Civil Veterinary Department ledger series I-VI
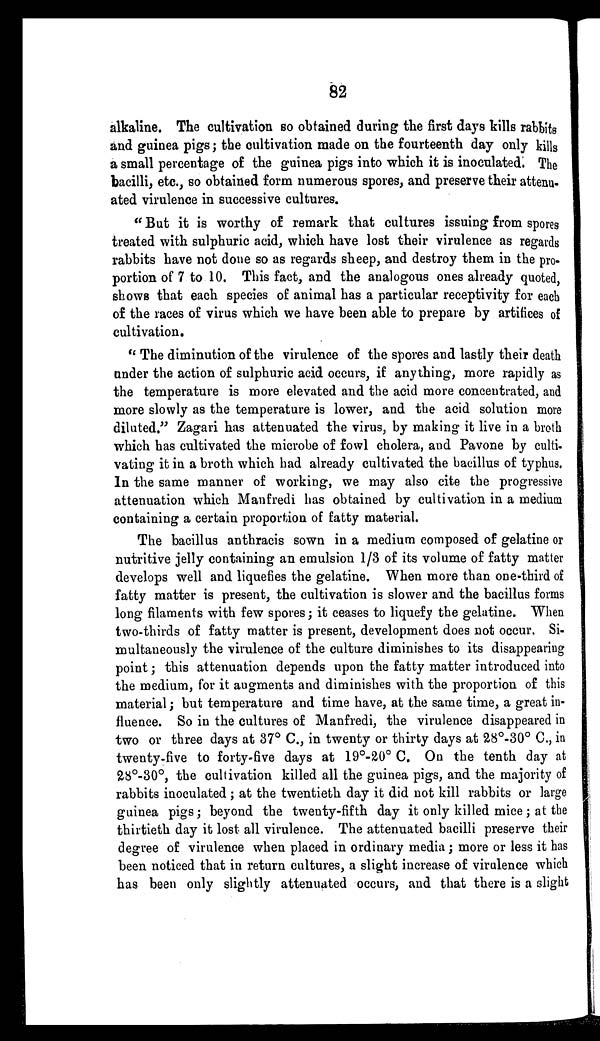
82
alkaline. The cultivation so obtained during the first days kills rabbits
and guinea pigs; the cultivation made on the fourteenth day only kills
a small percentage of the guinea pigs into which it is inoculated. The
bacilli, etc., so obtained form numerous spores, and preserve their attenu-
ated virulence in successive cultures.
"But it is worthy of remark that cultures issuing from spores
treated with sulphuric acid, which have lost their virulence as regards
rabbits have not done so as regards sheep, and destroy them in the pro-
portion of 7 to 10. This fact, and the analogous ones already quoted,
shows that each species of animal has a particular receptivity for each
of the races of virus which we have been able to prepare by artifices of
cultivation.
" The diminution of the virulence of the spores and lastly their death
under the action of sulphuric acid occurs, if anything, more rapidly as
the temperature is more elevated and the acid more concentrated, and
more slowly as the temperature is lower, and the acid solution more
diluted." Zagari has attenuated the virus, by making it live in a broth
which has cultivated the microbe of fowl cholera, and Pavone by culti-
vating it in a broth which had already cultivated the bacillus of typhus.
In the same manner of working, we may also cite the progressive
attenuation which Manfredi has obtained by cultivation in a medium
containing a certain proportion of fatty material.
The bacillus anthracis sown in a medium composed of gelatine or
nutritive jelly containing an emulsion 1/3 of its volume of fatty matter
develops well and liquefies the gelatine. When more than one-third of
fatty matter is present, the cultivation is slower and the bacillus forms
long filaments with few spores; it ceases to liquefy the gelatine. When
two-thirds of fatty matter is present, development does not occur. Si-
multaneously the virulence of the culture diminishes to its disappearing
point; this attenuation depends upon the fatty matter introduced into
the medium, for it augments and diminishes with the proportion of this
material; but temperature and time have, at the same time, a great in-
fluence. So in the cultures of Manfredi, the virulence disappeared in
two or three days at 37° C., in twenty or thirty days at 28°-30° C., in
twenty-five to forty-five days at 19°-20° C. On the tenth day at
28°-30°, the cultivation killed all the guinea pigs, and the majority of
rabbits inoculated; at the twentieth day it did not kill rabbits or large
guinea pigs; beyond the twenty-fifth day it only killed mice; at the
thirtieth day it lost all virulence. The attenuated bacilli preserve their
degree of virulence when placed in ordinary media; more or less it has
been noticed that in return cultures, a slight increase of virulence which
has been only slightly attenuated occurs, and that there is a slight